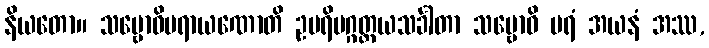
နိယတော။ သမ္ဗောဓိပရာယဏောတိ ဥပရိမဂ္ဂတ္တယသင်္ခါတာ သမ္ဗောဓိ ပရံ အယနံ အဿ,